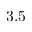
3 . 5